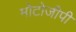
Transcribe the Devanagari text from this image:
मोटोजीपी